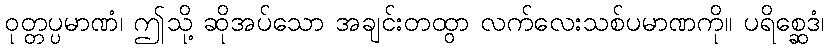
ဝုတ္တပ္ပမာဏံ၊ ဤသို့ ဆိုအပ်သော အချင်းတထွာ လက်လေးသစ်ပမာဏကို။ ပရိစ္ဆေဒံ၊